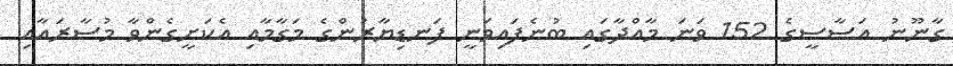
ގާނޫނު އަސާސީގެ 152 ވަނަ މާއްދާގައި ބުނެފައިވަނީ ފަނޑިޔާރުންގެ މަގާމާއި އެކަށީގެންވާ މުސާރައާއި